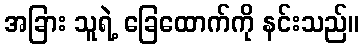
အခြား သူရဲ့ ခြေထောက်ကို နင်းသည်။